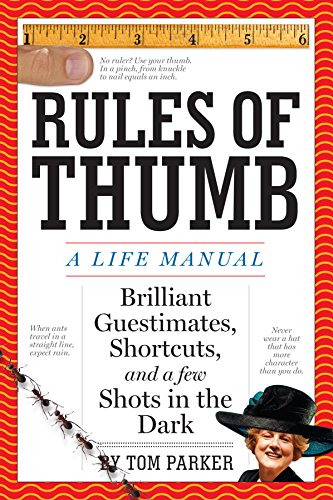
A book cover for Rules of Thumb: A Life Manual; Tom Parker; Reference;